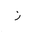
Letter: _zay